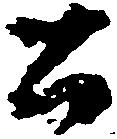
公